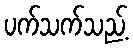
ပက်သက်သည့်